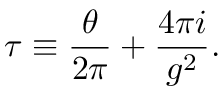
\tau \equiv \frac { \theta } { 2 \pi } + \frac { 4 \pi i } { g ^ { 2 } } .